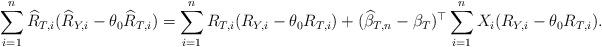
LaTeX: \begin{align*}\sum_{i=1}^n \widehat{R}_{T,i}(\widehat{R}_{Y,i} - \theta_0\widehat{R}_{T,i}) = \sum_{i=1}^n R_{T,i}(R_{Y,i} - \theta_0R_{T,i}) + (\widehat{\beta}_{T,n} - \beta_T)^{\top}\sum_{i=1}^n X_i(R_{Y,i} - \theta_0 R_{T,i}).\end{align*}